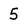
Character: 5